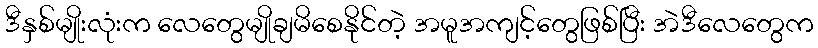
ဒီနှစ်မျိုးလုံးက လေတွေမျိုချမိစေနိုင်တဲ့ အမူအကျင့်တွေဖြစ်ပြီး အဲဒီလေတွေက